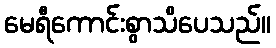
မေရီကောင်းစွာသိပေသည်။